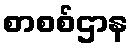
စာစစ်ဌာန